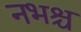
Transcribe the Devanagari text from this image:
नभश्च